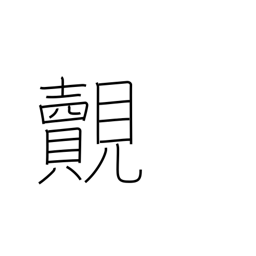
Meaning: meet